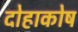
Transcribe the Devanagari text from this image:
दोहाकोष